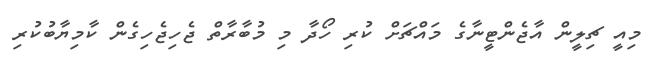
މިއީ ޗިލީން އާޖެންޓީނާގެ މައްޗަށް ކުރި ހޯދާ މި މުބާރާތް ޖެހިޖެހިގެން ކާމިޔާބުކުރި